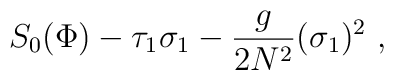
S_0 (\Phi) -\tau_1 \sigma_1 -{g\over 2N^2} (\sigma_1)^2 \ ,